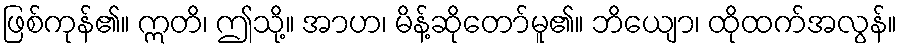
ဖြစ်ကုန်၏။ ဣတိ၊ ဤသို့။ အာဟ၊ မိန့်ဆိုတော်မူ၏။ ဘိယျော၊ ထိုထက်အလွန်။